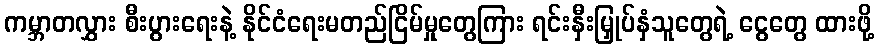
ကမ္ဘာတလွှား စီးပွားရေးနဲ့ နိုင်ငံရေးမတည်ငြိမ်မှုတွေကြား ရင်းနှီးမြှုပ်နှံသူတွေရဲ့ ငွေတွေ ထားဖို့